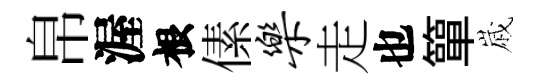
帛渥根傃乐走也簞𡻕